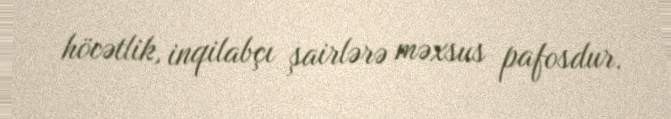
höcətlik, inqilabçı şairlərə məxsus pafosdur.